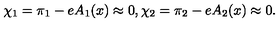
\chi _ { 1 } = \pi _ { 1 } - e A _ { 1 } ( x ) \approx 0 , \chi _ { 2 } = \pi _ { 2 } - e A _ { 2 } ( x ) \approx 0 .